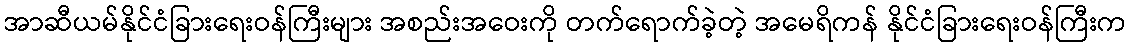
အာဆီယမ်နိုင်ငံခြားရေးဝန်ကြီးများ အစည်းအဝေးကို တက်ရောက်ခဲ့တဲ့ အမေရိကန် နိုင်ငံခြားရေးဝန်ကြီးက